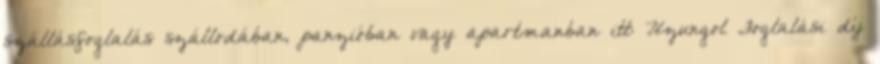
szállásfoglalás szállodában, panzióban vagy apartmanban itt: Uzungol Foglalási díj